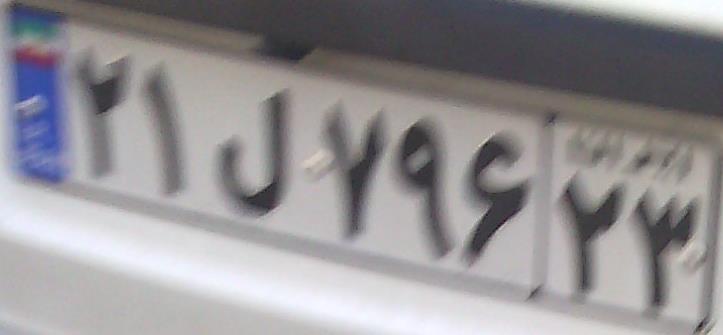
۲۱ل۷۹۶۲۳